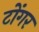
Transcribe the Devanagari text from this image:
टोंगर